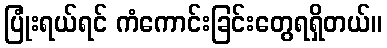
ပြုံးရယ်ရင် ကံကောင်းခြင်းတွေရရှိတယ်။